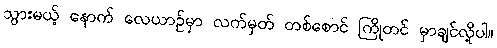
သွားမယ့် နောက် လေယာဉ်မှာ လက်မှတ် တစ်စောင် ကြိုတင် မှာချင်လို့ပါ။